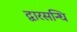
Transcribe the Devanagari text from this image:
द्वारसन्धि